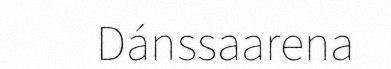
Dánssaarena